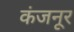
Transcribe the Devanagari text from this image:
कंजनूर